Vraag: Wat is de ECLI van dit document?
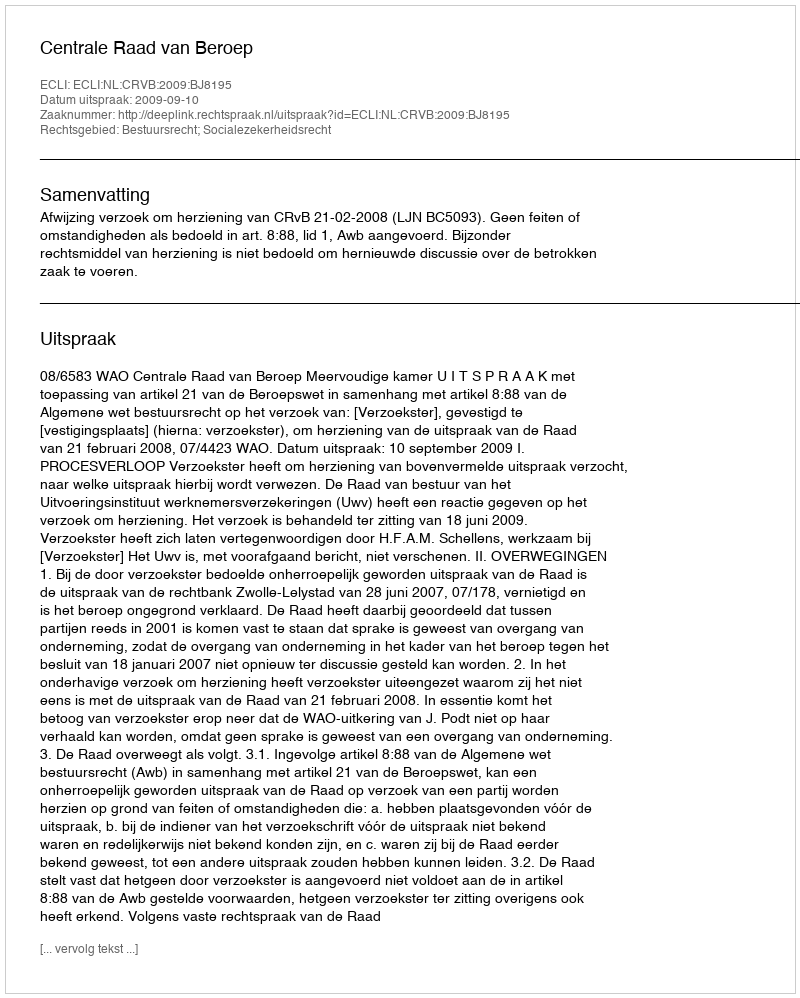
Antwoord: ECLI:NL:CRVB:2009:BJ8195